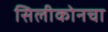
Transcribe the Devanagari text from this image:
सिलीकोनचा